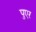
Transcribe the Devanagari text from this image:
पुएर